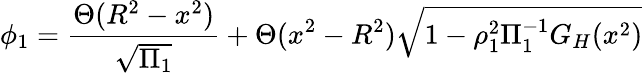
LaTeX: \phi_{1}={\frac{\Theta(R^{2}-x^{2})}{\sqrt{\Pi_{1}}}}+\Theta(x^{2}-R^{2})\sqrt{1-\rho_{1}^{2}\Pi_{1}^{-1}G_{H}(x^{2})}